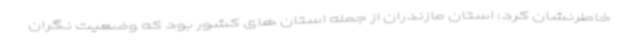
خاطرنشان کرد: استان مازندران از جمله استان های کشور بود که وضعیت نگران